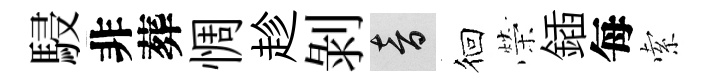
駸非葬惆趁剝音徊榮鍤每索